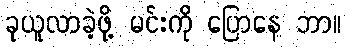
ခုယူလာခဲ့ဖို့ မင်းကို ပြောနေ ဘာ။